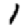
Digit: 1